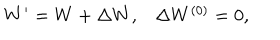
\begin{array} { l r } { { W ^ { \prime } = W + \Delta W , } } & { { \Delta W ^ { ( 0 ) } = 0 , } } \\ \end{array}